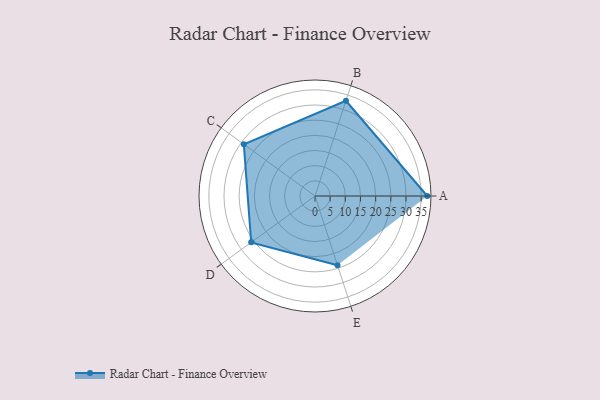
{"axis": {"x": "Skill", "y": "Score"}, "legend": ["Profile"], "data": [{"x": "A", "y": 37.0, "type": "Profile"}, {"x": "B", "y": 33.0, "type": "Profile"}, {"x": "C", "y": 29.0, "type": "Profile"}, {"x": "D", "y": 26.0, "type": "Profile"}, {"x": "E", "y": 24.0, "type": "Profile"}]}